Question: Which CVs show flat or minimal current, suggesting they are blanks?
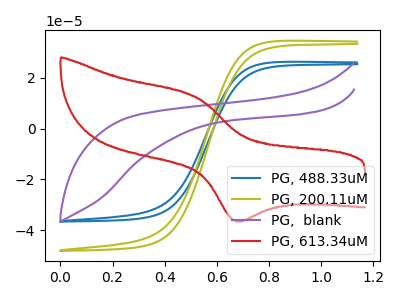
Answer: <think>The blue curve "PG, 488.33uM" has no peaks. The olive curve "PG, 200.11uM" has no peaks. The purple curve "PG,  blank" has no peaks. The red curve "PG, 613.34uM" has an anodic peak at (0.50V, 12.75uA) and a cathodic peak at (0.65V, -36.35uA).</think>
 <answer>"PG, 488.33uM", "PG, 200.11uM" and "PG,  blank" are likely to be blanks.</answer>
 <eval>"PG, 488.33uM", "PG, 200.11uM", "PG,  blank"</eval>